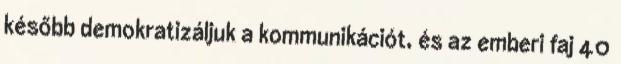
később demokratizáljuk a kommunikációt, és az emberi faj 40